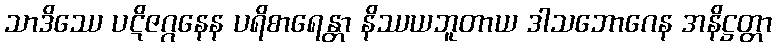
သာဒိဿေ ပဋိဇဂ္ဂနေန ပရိစာရေန္တာ နိဿယဘူတာယ ဒါသဘောဂေန အနိဋ္ဌတ္တာ